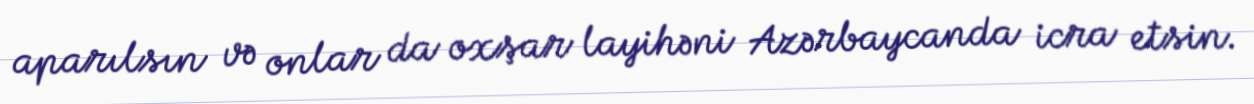
aparılsın və onlar da oxşar layihəni Azərbaycanda icra etsin.